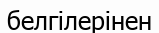
белгілерінен